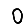
Digit: 0